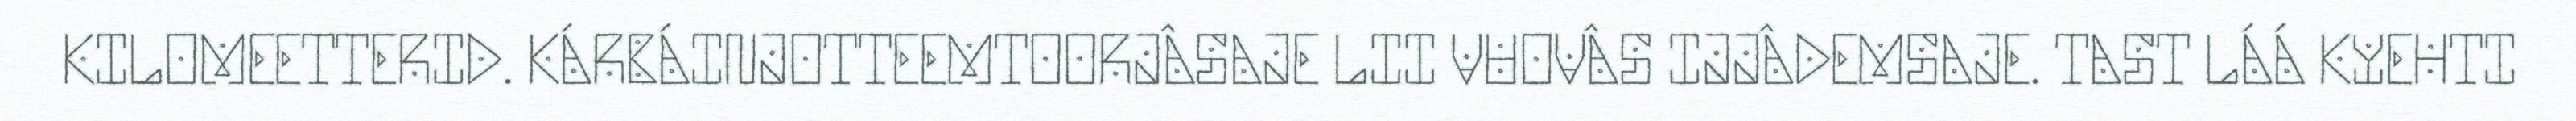
KILOMEETTERID. KÁRBÁINJOTTEEMTOORJÂSAJE LII VUOVÂS IJJÂDEMSAJE. TAST LÁÁ KYEHTI